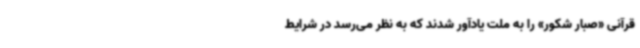
قرآنی «صبار شکور» را به ملت یادآور شدند که به نظر می‌رسد در شرایط